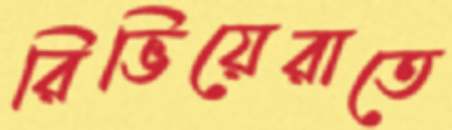
রিভিয়েরাতে